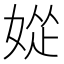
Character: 𫰽